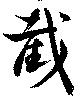
截